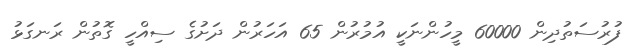
ފުރުސަތުދިން 60000 މީހުންނަކީ އުމުރުން 65 އަހަރުން ދަށުގެ ސިއްހީ ގޮތުން ރަނގަޅު